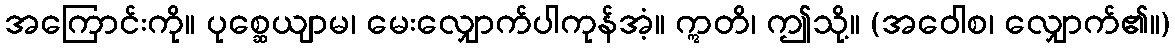
အကြောင်းကို။ ပုစ္ဆေယျာမ၊ မေးလျှောက်ပါကုန်အံ့။ ဣတိ၊ ဤသို့။ (အဝေါစ၊ လျှောက်၏။)